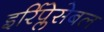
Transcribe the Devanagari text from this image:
इर्रिप्लेसेबल